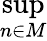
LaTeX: \operatorname*{sup}_{n\in M}